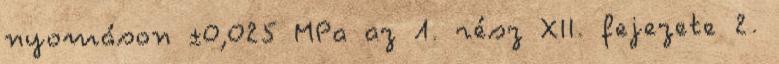
nyomáson ±0,025 MPa az 1. rész XII. fejezete 2.